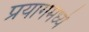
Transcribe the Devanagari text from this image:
प्रयागमध्ये